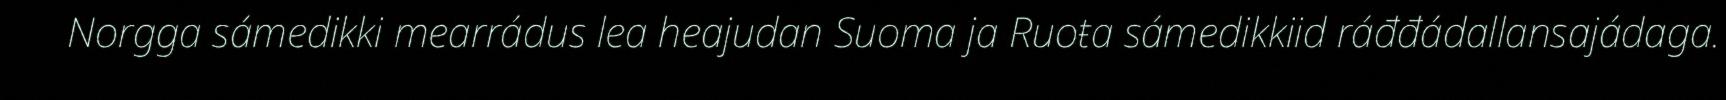
Norgga sámedikki mearrádus lea heajudan Suoma ja Ruoŧa sámedikkiid ráđđádallansajádaga.